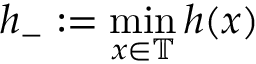
h _ { - } : = \operatorname* { m i n } _ { x \in \mathbb { T } } h ( x )